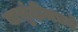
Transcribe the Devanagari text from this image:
बासुंदीमध्ये